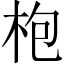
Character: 枹